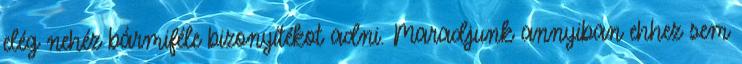
elég nehéz bármiféle bizonyítékot adni. Maradjunk annyiban ehhez sem